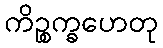
ကိဉ္စက္ခဟေတု